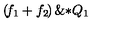
\left( \! { { f } _ { 1 } } + { { f } _ { 2 } } \! \right) \mathrm { \& * } { { Q } _ { 1 } }